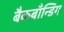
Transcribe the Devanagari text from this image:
बैकबाँन्डिंग